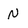
Character: N